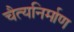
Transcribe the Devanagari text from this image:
चैत्यनिर्माण